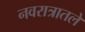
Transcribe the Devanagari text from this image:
नवरात्रातले